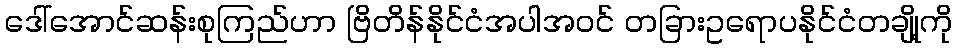
ဒေါ်အောင်ဆန်းစုကြည်ဟာ ဗြိတိန်နိုင်ငံအပါအဝင် တခြားဥရောပနိုင်ငံတချို့ကို